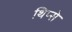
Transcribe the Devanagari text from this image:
थिप्से